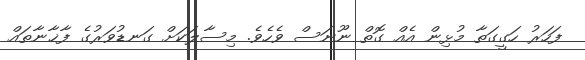
ފަހަރު ހަގީގަތާ މުޅިން އެއް ގޮތް ނޫނަސް ވެހެވެ. މިސާލަކަށް ގަނޑުވަރުގެ ފާޚާނާތައް